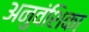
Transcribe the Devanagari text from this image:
अनुवंशिका